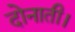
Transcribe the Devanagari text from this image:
दोनाती।